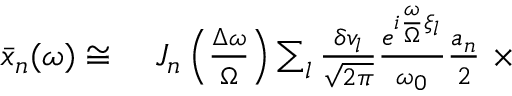
\begin{array} { r l } { \bar { x } _ { n } ( \omega ) \cong \ } & { { } J _ { n } \left( \frac { \Delta \omega } { \Omega } \right) \sum _ { l } \frac { \delta v _ { l } } { \sqrt { 2 \pi } } \frac { e ^ { i \frac { \omega } { \Omega } \xi _ { l } } } { \omega _ { 0 } } \frac { a _ { n } } { 2 } \ \times } \end{array}